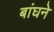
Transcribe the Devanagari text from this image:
बांघने